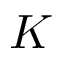
K